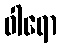
ဝါရော